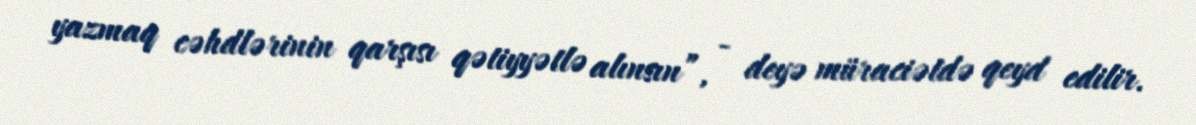
yazmaq cəhdlərinin qarşısı qətiyyətlə alınsın”, - deyə müraciətdə qeyd edilir.